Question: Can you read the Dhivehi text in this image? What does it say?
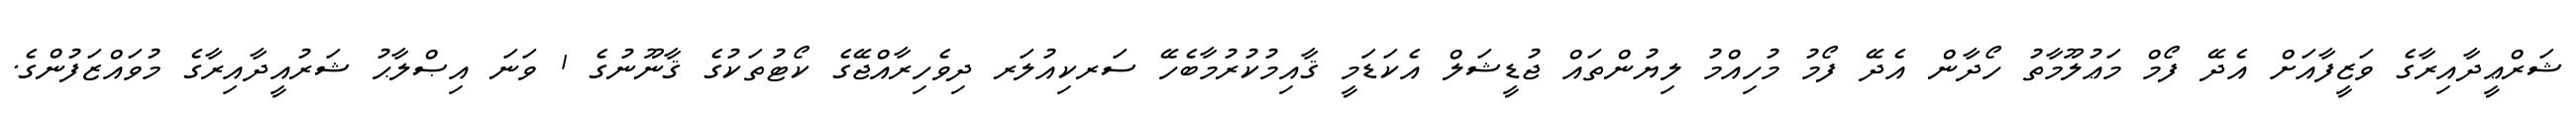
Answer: ޝަރްޢީދާއިރާގެ ވަޒީފާއަށް އެދޭ ފޯމް މަޢުލޫމާތު ހޯދާން އެދޭ ފޯމު މުހިއްމު ލިޔުންތައް ޖުޑީޝަލް އެކަޑަމީ ޤާއިމުކުރުމާބެހޭ ސަރކިއުލަރ ދިވެހިރާއްޖޭގެ ކޯޓުތަކުގެ ޤާނޫނުގެ 1 ވަނަ އިޞްލާޙު ޝަރުއީދާއިރާގެ މުވައްޒަފުންގެ.